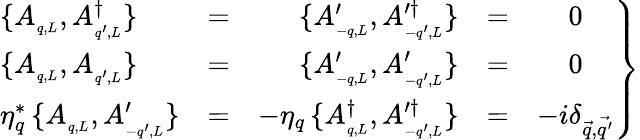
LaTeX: \left.{\begin{array}{lcrcc}{{\{ A_{_{q,L}},A_{_{q^{\prime},L}}^{\dagger}\} }}&{{=}}&{{\{ A_{_{-q,L}}^{\prime},A_{_{-q^{\prime},L}}^{\prime\dagger}\} }}&{{=}}&{{0}}\\ {{\{ A_{_{q,L}},A_{_{q^{\prime},L}}\} }}&{{=}}&{{\{ A_{_{-q,L}}^{\prime},A_{_{-q^{\prime},L}}^{\prime}\} }}&{{=}}&{{0}}\\ {{\eta_{q}^{*}\, \{ A_{_{q,L}},A_{_{-q^{\prime},L}}^{\prime}\} }}&{{=}}&{{-\eta_{q}\, \{ A_{_{q,L}}^{\dagger},A_{_{-q^{\prime},L}}^{\prime\dagger}\} }}&{{=}}&{{-i\delta_{\vec{q},\vec{q^{\prime}}}}}\end{array}}\right\}